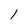
Character: 1